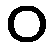
ဝ